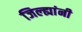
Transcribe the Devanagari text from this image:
जिल्ह्यांनी